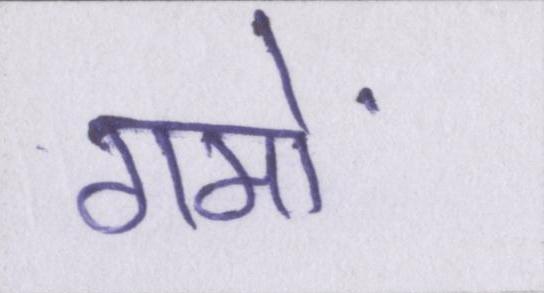
गमों